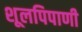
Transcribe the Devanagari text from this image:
शूलपिपाणी